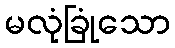
မလုံခြုံသော